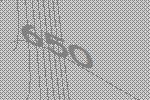
650